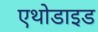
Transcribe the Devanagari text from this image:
एथोडाइड